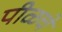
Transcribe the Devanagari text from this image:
पीळचे